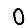
Digit: 0